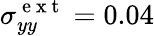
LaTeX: \sigma_{yy}^{\mathrm{~e~x~t~}}=0.04